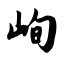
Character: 峋